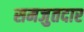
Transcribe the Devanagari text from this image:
समजुतदार